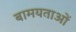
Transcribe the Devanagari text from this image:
बामयताओं